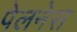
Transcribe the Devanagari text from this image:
पेलनेस